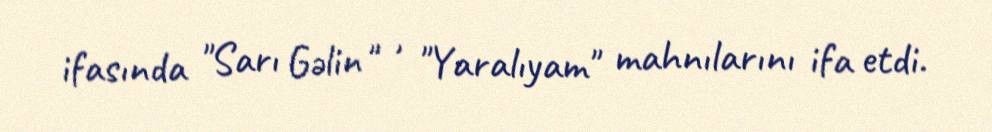
ifasında "Sarı Gəlin " , "Yaralıyam" mahnılarını ifa etdi.